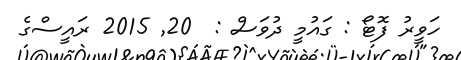
ހަވީރު ފޮޓޯ : ގައުމީ ދުވަސް :  20